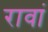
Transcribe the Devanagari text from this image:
रावां